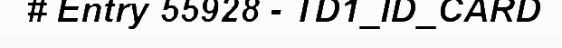
# Entry 55928 - TD1_ID_CARD